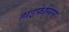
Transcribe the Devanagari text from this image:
हाइफेसिस